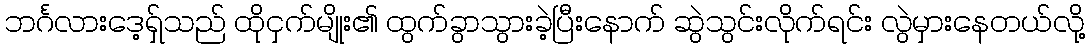
ဘင်္ဂလားဒေ့ရ်ှသည် ထိုငှက်မျိုး၏ ထွက်ခွာသွားခဲ့ပြီးနောက် ဆွဲသွင်းလိုက်ရင်း လွဲမှားနေတယ်လို့